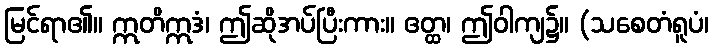
မြင်ရာ၏။ ဣတိဣဒံ၊ ဤဆိုအပ်ပြီးကား။ ဧတ္ထ၊ ဤဝါကျ၌။ (သစေတံရူပံ၊